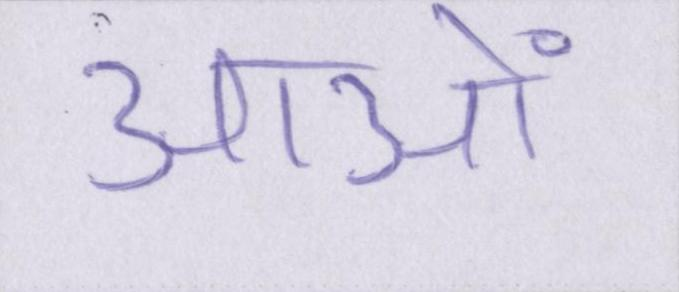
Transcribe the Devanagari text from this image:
आओं